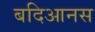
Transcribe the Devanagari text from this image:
बदिआनस